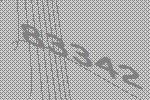
83342